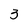
Character: 3